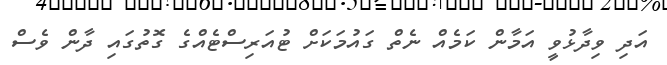
އަދި ވިދާޅުވީ އަމާން ކަމެއް ނެތް ގައުމަކަށް ޓުއަރިސްޓެއްގެ ގޮތުގައި ދާން ވެސް